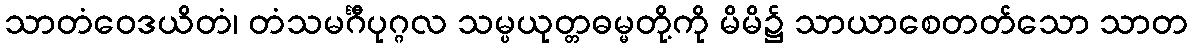
သာတံဝေဒယိတံ၊ တံသမင်္ဂီပုဂ္ဂလ သမ္ပယုတ္တဓမ္မတို့ကို မိမိ၌ သာယာစေတတ်သော သာတ